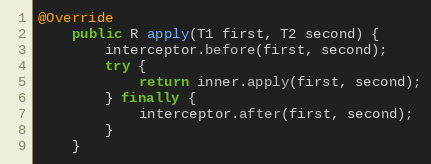
Language: Java
@Override
    public R apply(T1 first, T2 second) {
        interceptor.before(first, second);
        try {
            return inner.apply(first, second);
        } finally {
            interceptor.after(first, second);
        }
    }